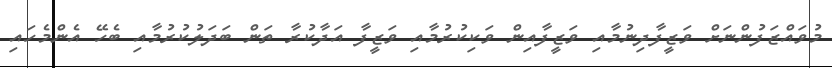
މުވައްޒަފުންނަށް ވަޒީފާދިނުމާއި ވަޒީފާއިން ވަކިކުރުމާއި ވަޒީފާ އަދާކުރާ ތަން ބަދަލުކުރުމާއި ބެހޭ އެންމެހައި